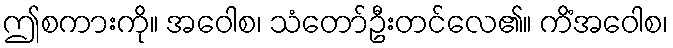
ဤစကားကို။ အဝေါစ၊ သံတော်ဦးတင်လေ၏။ ကိံအဝေါစ၊